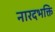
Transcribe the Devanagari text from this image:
नारदभक्ति